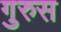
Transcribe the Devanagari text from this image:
गुरुस